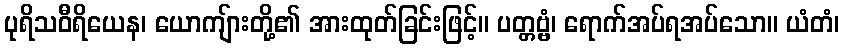
ပုရိသဝီရိယေန၊ ယောကျ်ားတို့၏ အားထုတ်ခြင်းဖြင့်။ ပတ္တဗ္ဗံ၊ ရောက်အပ်ရအပ်သော။ ယံတံ၊